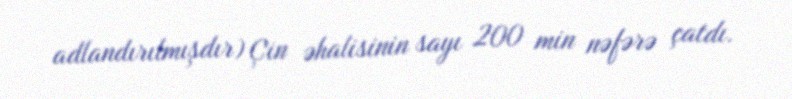
adlandırılmışdır) Çin əhalisinin sayı 200 min nəfərə çatdı.